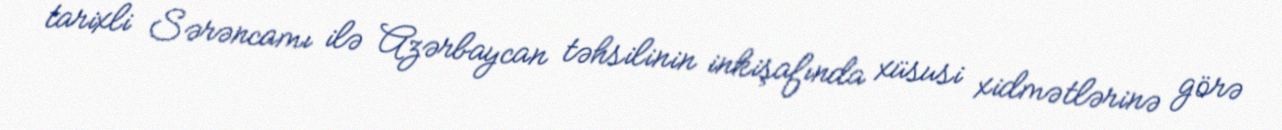
tarixli Sərəncamı ilə Azərbaycan təhsilinin inkişafında xüsusi xidmətlərinə görə